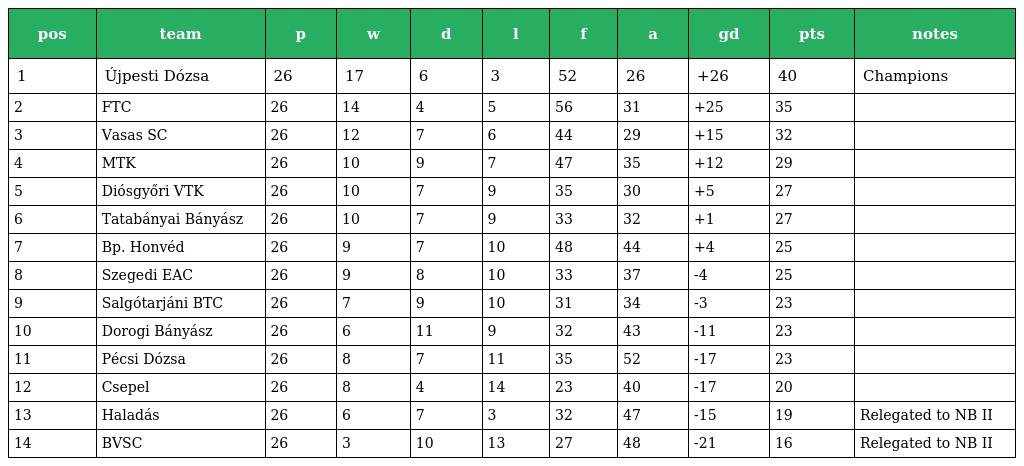
| pos | team | p | w | d | l | f | a | gd | pts | notes |
 | --- | --- | --- | --- | --- | --- | --- | --- | --- | --- | --- |
 | 1 | Újpesti Dózsa | 26 | 17 | 6 | 3 | 52 | 26 | +26 | 40 | Champions |
 | 2 | FTC | 26 | 14 | 4 | 5 | 56 | 31 | +25 | 35 |  |
 | 3 | Vasas SC | 26 | 12 | 7 | 6 | 44 | 29 | +15 | 32 |  |
 | 4 | MTK | 26 | 10 | 9 | 7 | 47 | 35 | +12 | 29 |  |
 | 5 | Diósgyőri VTK | 26 | 10 | 7 | 9 | 35 | 30 | +5 | 27 |  |
 | 6 | Tatabányai Bányász | 26 | 10 | 7 | 9 | 33 | 32 | +1 | 27 |  |
 | 7 | Bp. Honvéd | 26 | 9 | 7 | 10 | 48 | 44 | +4 | 25 |  |
 | 8 | Szegedi EAC | 26 | 9 | 8 | 10 | 33 | 37 | -4 | 25 |  |
 | 9 | Salgótarjáni BTC | 26 | 7 | 9 | 10 | 31 | 34 | -3 | 23 |  |
 | 10 | Dorogi Bányász | 26 | 6 | 11 | 9 | 32 | 43 | -11 | 23 |  |
 | 11 | Pécsi Dózsa | 26 | 8 | 7 | 11 | 35 | 52 | -17 | 23 |  |
 | 12 | Csepel | 26 | 8 | 4 | 14 | 23 | 40 | -17 | 20 |  |
 | 13 | Haladás | 26 | 6 | 7 | 3 | 32 | 47 | -15 | 19 | Relegated to NB II |
 | 14 | BVSC | 26 | 3 | 10 | 13 | 27 | 48 | -21 | 16 | Relegated to NB II |